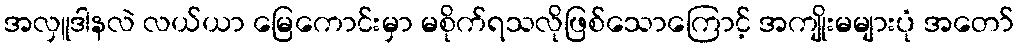
အလှူဒါနလဲ လယ်ယာ မြေကောင်းမှာ မစိုက်ရသလိုဖြစ်သောကြောင့် အကျိုးမများပုံ အတော်